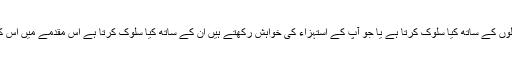
لیکن اللہ تعالیٰ استہزاء کرنے والوں کے ساتھ کیا سلوک کرتا ہے یا جو آپؑ کے استہزاء کی خواہش رکھتے ہیں ان کے ساتھ کیا سلوک کرتا ہے اس مقدمے میں اس کی ایک مثال مَیں پیش کرتا ہوں۔